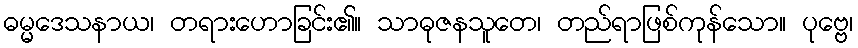
ဓမ္မဒေသနာယ၊ တရားဟောခြင်း၏။ သာဓုဇနသူတေ၊ တည်ရာဖြစ်ကုန်သော။ ပုဗ္ဗေ၊